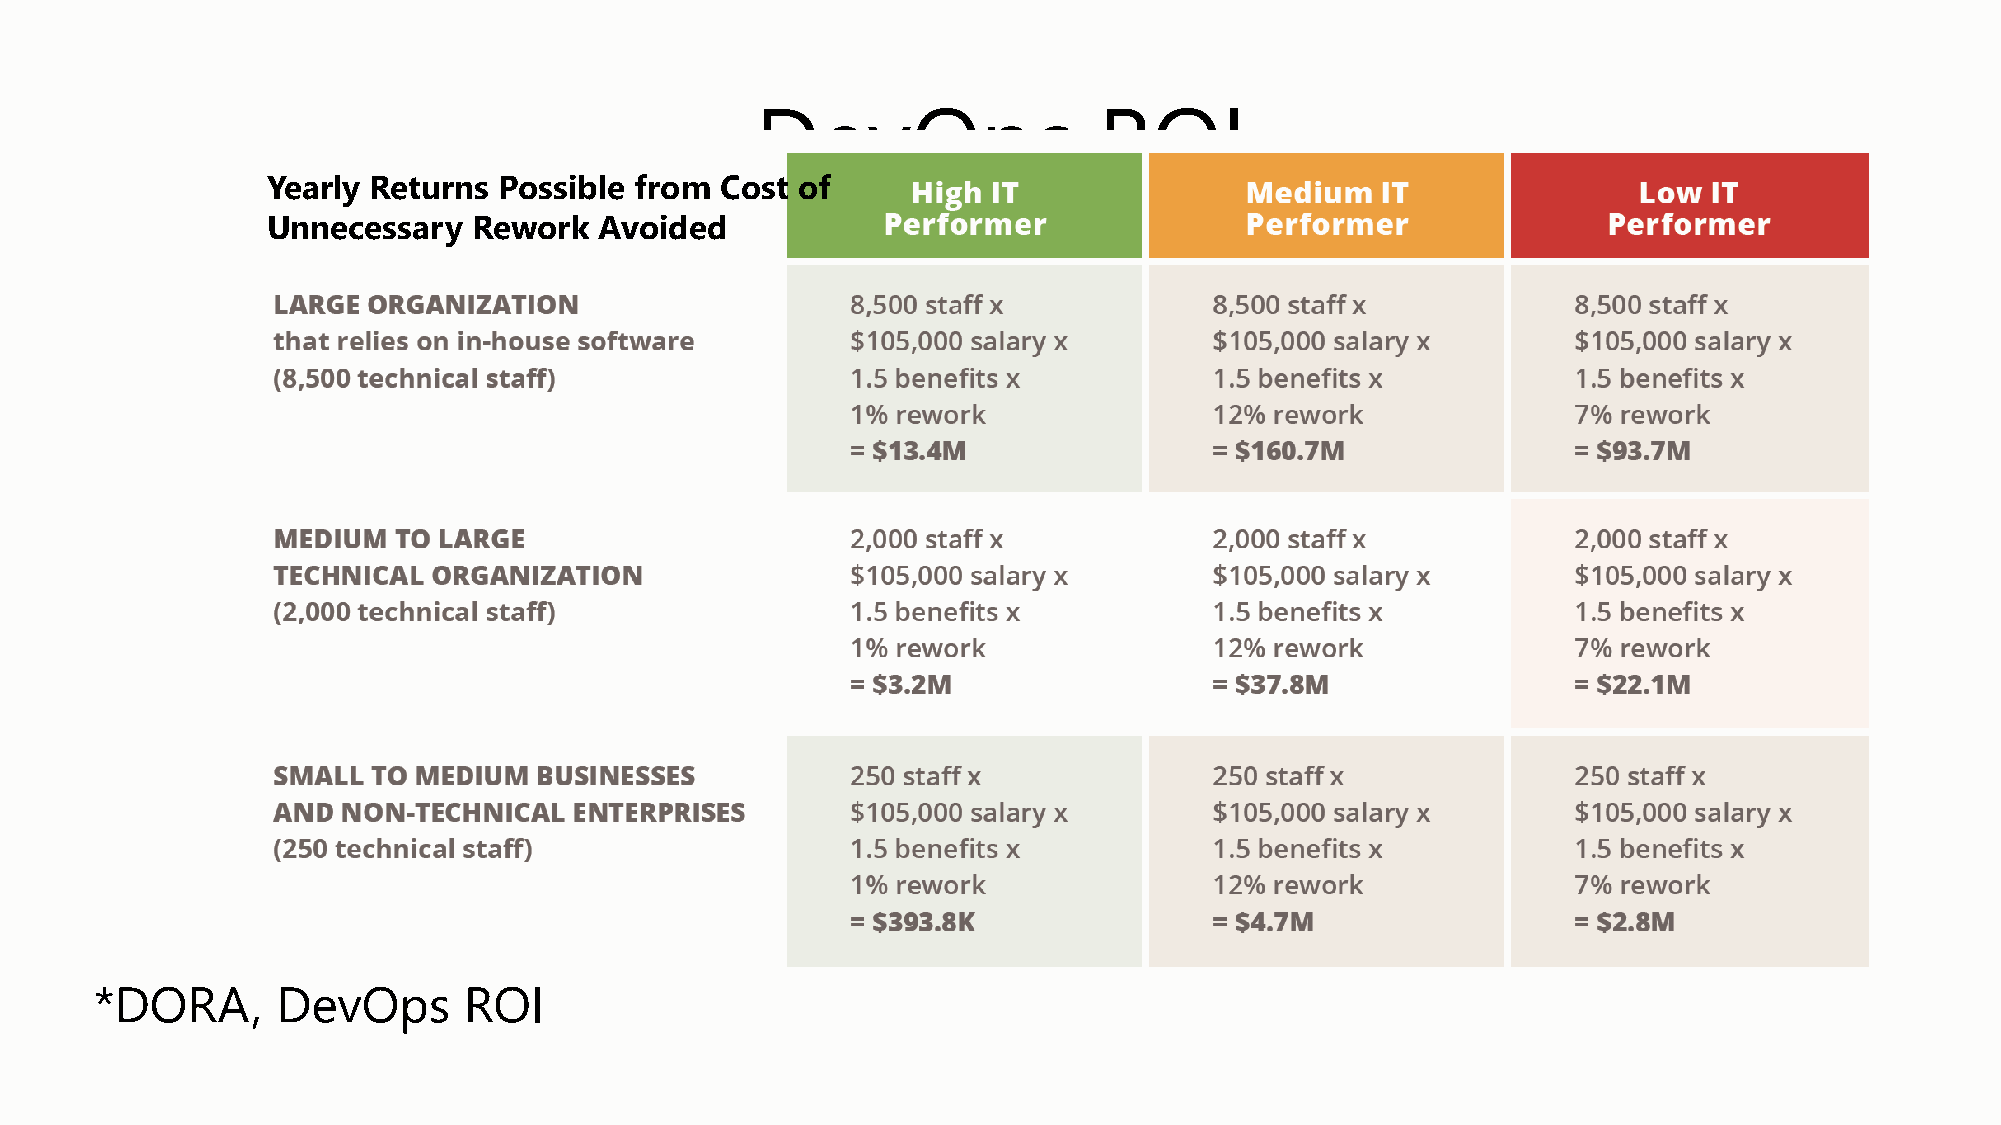
DevOps                 ROI
 Yearly Returns Possible from  Cost of
 Unnecessary  Rework   Avoided
 *DORA,      DevOps       ROI